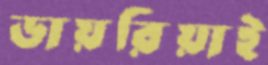
ডায়রিয়াই